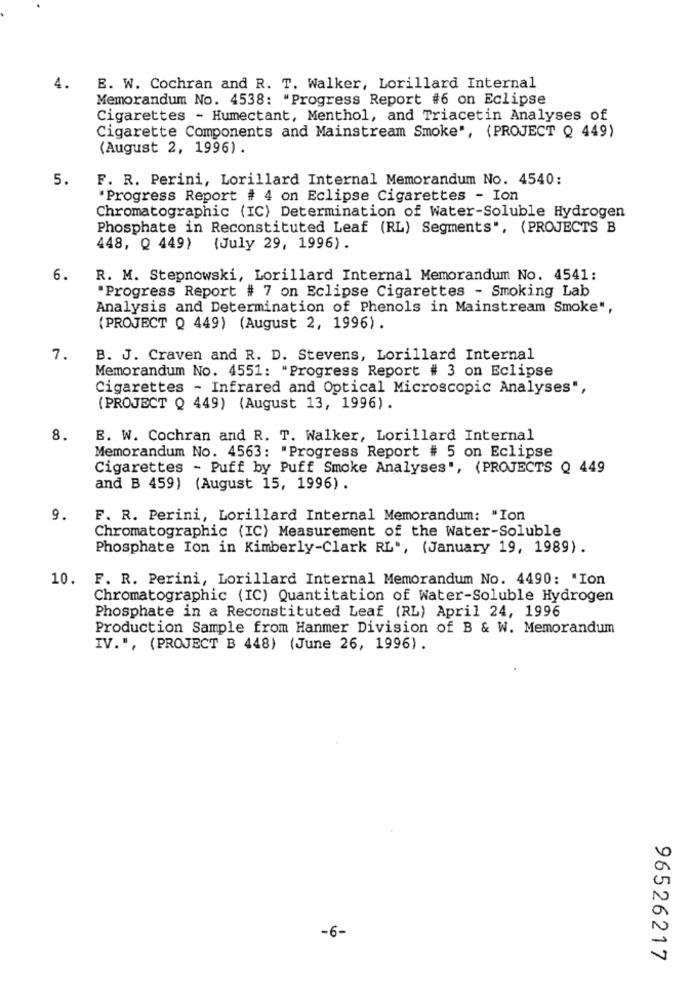
4.
E. W. Cochran and R. T. Walker, Lorillard Internal
Memorandum No. 4538: "Progress Report #6 on Eclipse
Cigarettes - Humectant, Menthol, and Triacetin Analyses of
Cigarette Components and Mainstream Smoke", (PROJECT Q 449)
(August 2, 1996) .
5.
F. R. Perini, Lorillard Internal Memorandum No. 4540:
"Progress Report # 4 on Eclipse Cigarettes - Ion
Chromatographic (IC) Determination of Water-Soluble Hydrogen
Phosphate in Reconstituted Leaf (RL) Segments", (PROJECTS B
448, Q 449) (July 29, 1996) .
6.
R. M. Stepnowski, Lorillard Internal Memorandum No. 4541:
"Progress Report # 7 on Eclipse Cigarettes - Smoking Lab
Analysis and Determination of Phenols in Mainstream Smoke",
(PROJECT Q 449) (August 2, 1996).
7.
B. J. Craven and R. D. Stevens, Lorillard Internal
Memorandum No. 4551: "Progress Report # 3 on Eclipse
Cigarettes - Infrared and Optical Microscopic Analyses",
(PROJECT Q 449) (August 13, 1996).
8.
E. W. Cochran and R. T. Walker, Lorillard Internal
Memorandum No. 4563: "Progress Report # 5 on Eclipse
Cigarettes - Puff by Puff Smoke Analyses", (PROJECTS Q 449
and B 459) (August 15, 1996) .
9.
F. R. Perini, Lorillard Internal Memorandum: "Ion
Chromatographic (IC) Measurement of the Water-Soluble
Phosphate Ion in Kimberly-Clark RL", (January 19, 1989).
10. F. R. Perini, Lorillard Internal Memorandum No. 4490: "Ion
Chromatographic (IC) Quantitation of Water-Soluble Hydrogen
Phosphate in a Reconstituted Leaf (RL) April 24, 1996
Production Sample from Hanmer Division of B & W. Memorandum
IV.", (PROJECT B 448) (June 26, 1996) .
-6-
96526217